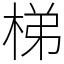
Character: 梯